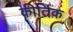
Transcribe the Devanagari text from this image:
कीर्तिक